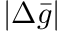
| \Delta \bar { g } |